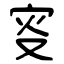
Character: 叜